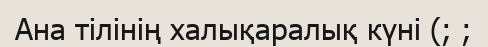
Ана тілінің халықаралық күні (; ;